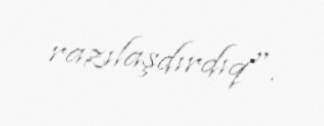
razılaşdırdıq".